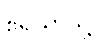
ဧရိယာသို့